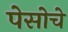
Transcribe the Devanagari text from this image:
पेसोचे